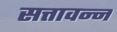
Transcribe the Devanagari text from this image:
सत्तावन्न